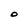
Character: O